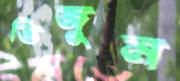
ভিজুন